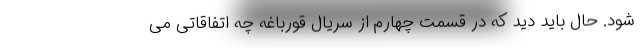
شود. حال باید دید که در قسمت چهارم از سریال قورباغه چه اتفاقاتی می